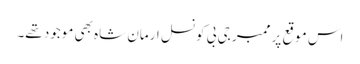
اس موقع پر ممبر جی بی کونسل ارمان شاہ بھی موجود تھے۔